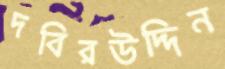
দবিরউদ্দিন